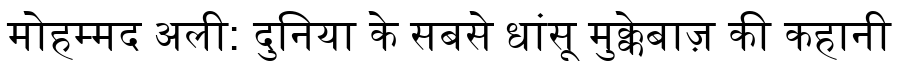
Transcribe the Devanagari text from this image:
मोहम्मद अली: दुनिया के सबसे धांसू मुक्केबाज़ की कहानी